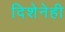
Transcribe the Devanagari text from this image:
दिशेनेही